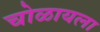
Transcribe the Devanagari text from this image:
चोळायला